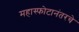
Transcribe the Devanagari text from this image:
महास्फोटानंतरचे